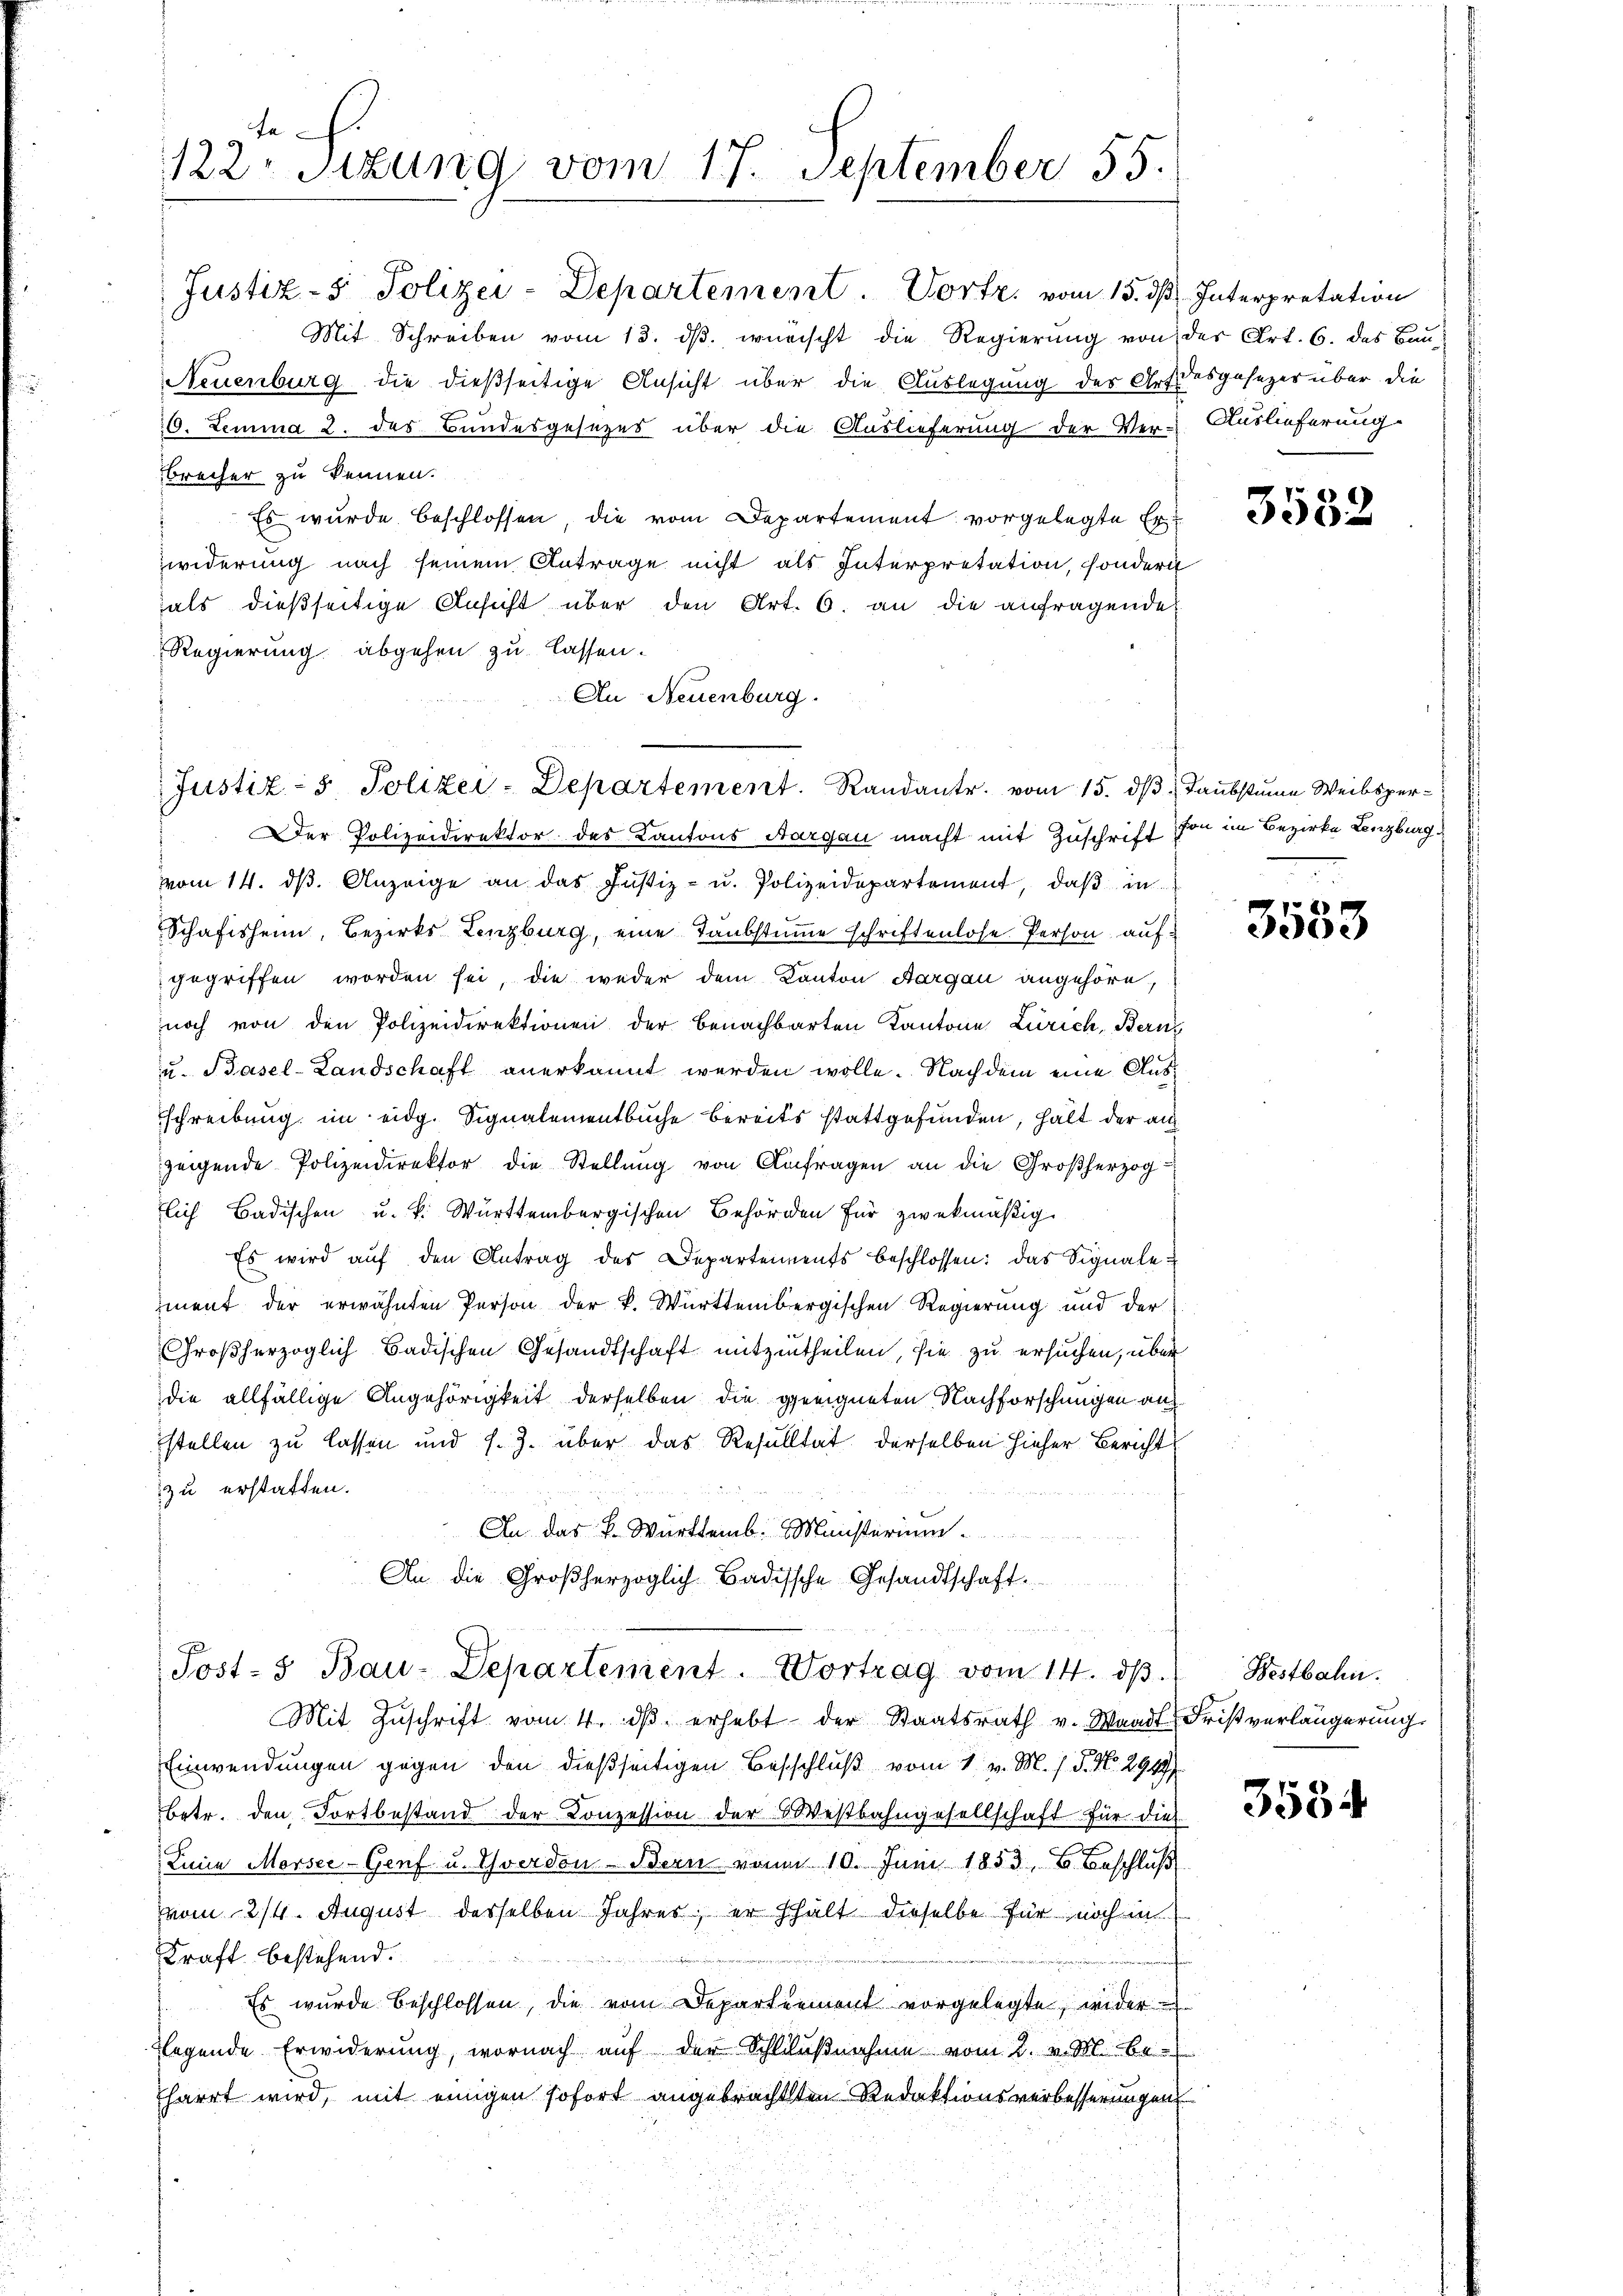
fe
122. Sitzung vom 17. September 55.

Justiz- & Polizei-Departement. Vortr. vom 15. ds. Interpretation
Mit Schreiben vom 13. dβ. wünscht die Regierung von der Art. 6. das Bau¬
Neuenburg die dießseitige Ansicht über die Auslegung des Artdesgesezes über die
6. Lemma 2. des Bundesgesezes über die Auslieferung der Ver-
brecher zu kennen.
Es wurde beschlossen, die vom Departement vorgelegte Er
Zwiderung nach seinem Antrage nicht als Interpretation, sondern
als dießseitige Ansicht über den Art. 6. an die anfragende
Regierung abgehen zu lassen.
An Neuenburg.
Justiz- & Polizei-Departement. Randantr. vom 15. dβ. Taubstume Weibsper¬
Der Polizeidirektor des Kantons Aargau macht mit Zuschrift von im Bezirke Lenzburg
vom 14. d. Anzeige an das Justiz- u. Polizeidepartement, daß in
Schafisheim, Bezirks Lenzburg, eine Taubstumme schriftenlose Person aufgegriffen worden sei, die weder dem Kanton Aargau angehöre,
noch von den Polizeidirektionen der benachbarten Kantone Zürich, Bernz
u. Basel-Landschaft anerkannt werden wolle. Nachdem eine Ausschreibung im eidg. Signalementbuche bereits stattgefunden, hält der auf
zeigende Polizeidirektor die Stellung von Anfragen an die Großherzog
lich Badischen u. k. Württembergischen Behörden für zwekmäßig.
Es wird aŭf den Antrag des Departements beschlossen: das Signale
iment der erwähnten Person der K. Württembergischen Regierung und der
Großherzoglich Badischen Gesandtschaft mitzutheilen, sie zu ersuchen, über
die allfällige Angehörigkeit derselben die geeigneten Nachforschungen aus
stellen zu lassen und s. Z. über das Resultat derselben hieher Bericht
zu erstatten.
An das P. Württemb. Ministerium
An die Großherzoglich-Badische Gesandtschaft.
Post- & Bau-Departement. Vortrag vom 14. dβ.
Mit Zŭschrift vom 4. dβ erhebt der Staatsrath v. Waadt Fristverlängerung
Einwendungen gegen den dießseitigen Beschluß vom 1. v. M. h. T. No. 2949/
betr. den Fortbestand der Conzession der Westbahngesellschaft für dies
Line Morsee-Genf u. Yverdon Bern von 10. Juni 1853, B. Beschluß
vom 214. August desselben Jahres; er hält dieselbe für noch in
Kraft bestehend.
Es wurde beschlossen, die vom Departement vorgelegte, wider
flegende Erwiderung, wornach auf der Schlŭβnahme vom 2. v. M. be-
harrt wird, mit einigen sofort angebrachten Redaktionsverbesserungen

Auslieferung

3532

3533

Bestbahn.

3584